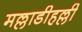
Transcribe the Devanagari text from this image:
मल्लाडीहल्ली